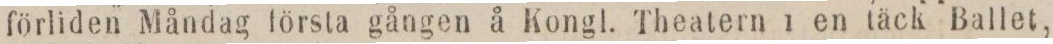
förliden Måndag första gången å Kongl. Theatern i en täck Ballet,